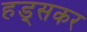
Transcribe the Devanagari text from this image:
हड्सकर